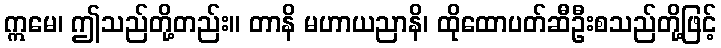
ဣမေ၊ ဤသည်တို့တည်း။ တာနိ မဟာယညာနိ၊ ထိုထောပတ်ဆီဦးစသည်တို့ဖြင့်